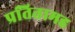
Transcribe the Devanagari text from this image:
प्रतितामह